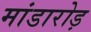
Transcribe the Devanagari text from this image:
मांडारोड़